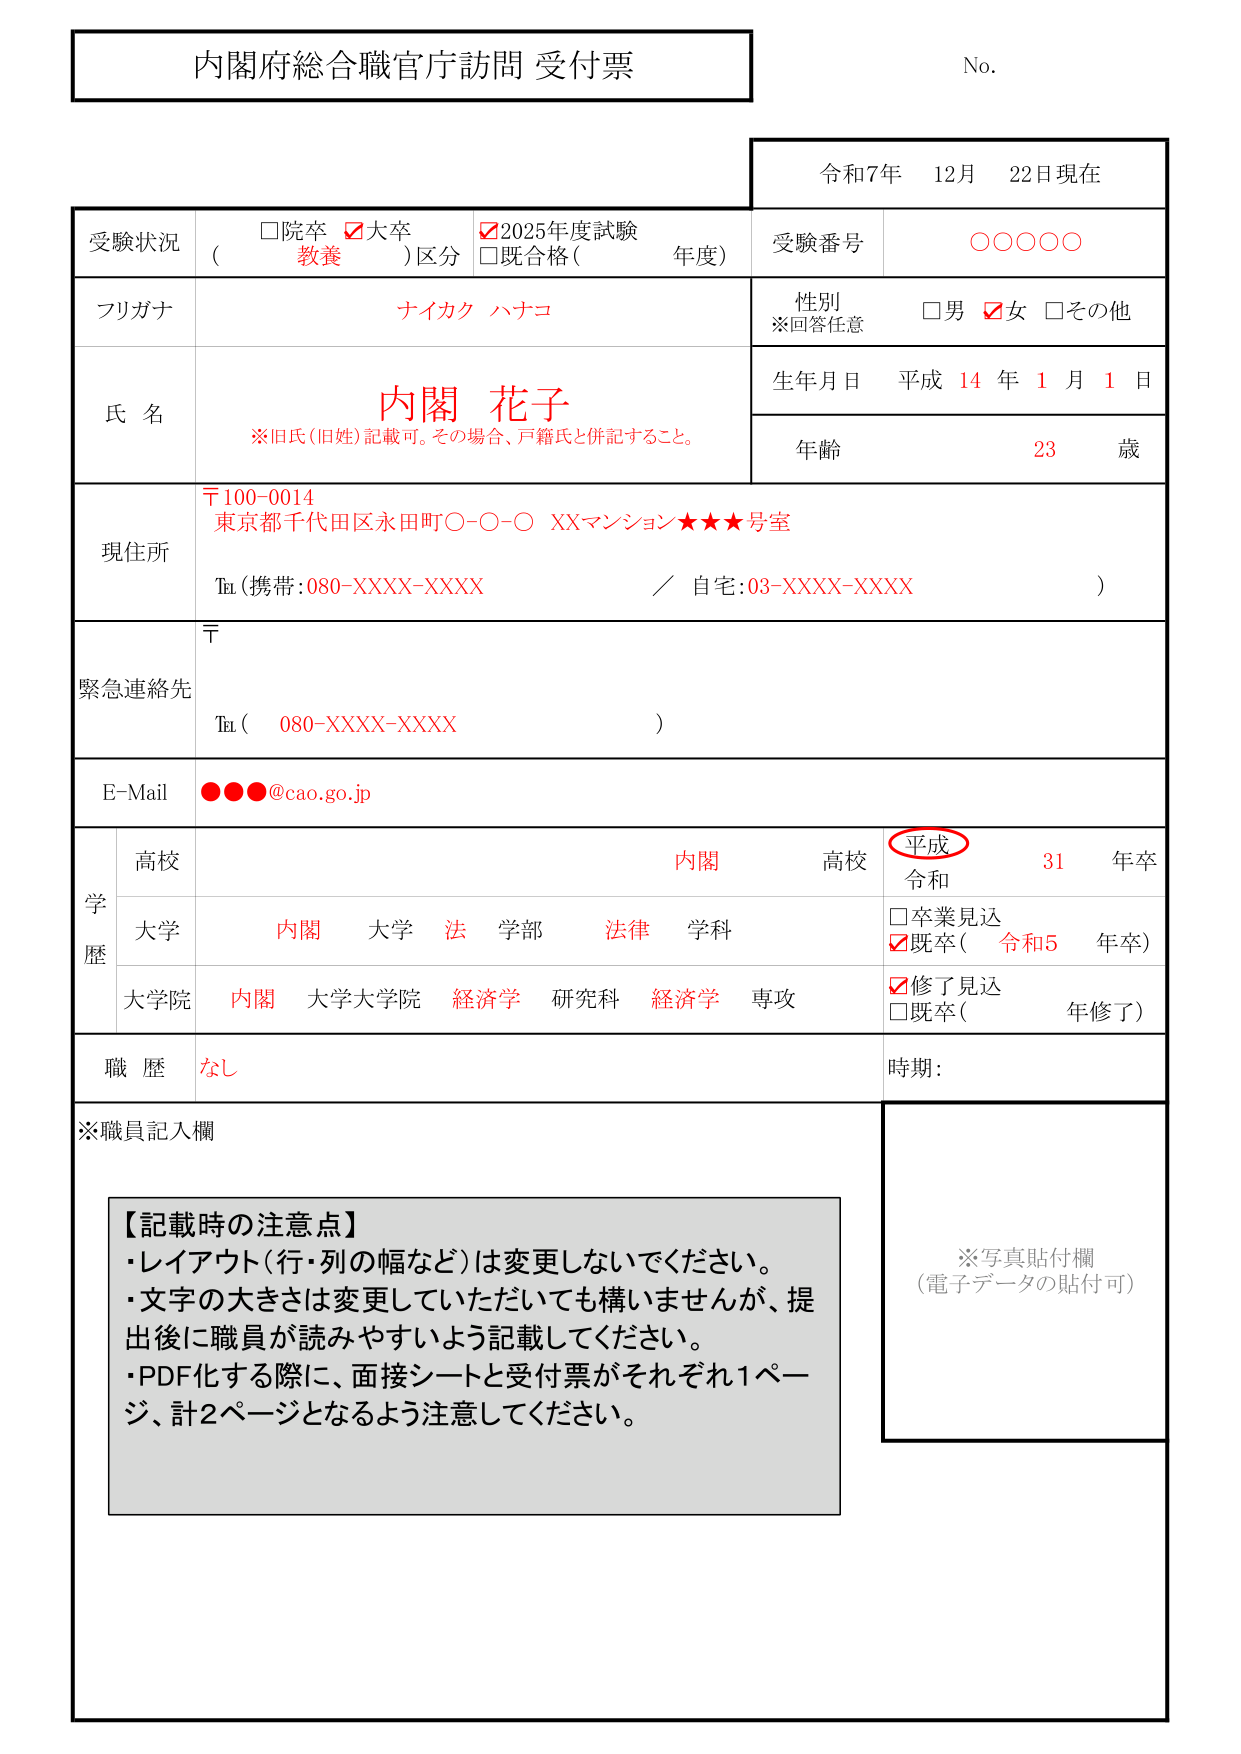
内閣府総合職官庁訪問 受付票

No.

令和7年 12月 22日現在

受験状況
□院卒 ☑大卒
（ 教養 ）区分
☑2025年度試験
□既合格（ 年度）

受験番号
○○○○○

フリガナ
ナイカク ハナコ

氏 名
内閣 花子
※旧氏（旧姓）記載可。その場合、戸籍氏と併記すること。

性別
※回答任意
□男 ☑女 □その他

生年月日
平成 14 年 1 月 1 日

年齢
23 歳

現住所
〒100-0014
東京都千代田区永田町〇-〇-〇 XXマンション★★★号室
Tel（携帯：080-XXXX-XXXX ／ 自宅：03-XXXX-XXXX）

緊急連絡先
〒
Tel（ 080-XXXX-XXXX ）

E-Mail
●●●@cao.go.jp

学歴
高校
内閣 高校
（平成 31 年卒）
令和

大学
内閣 大学 法 学部 法律 学科
□卒業見込
☑既卒（ 令和5 年卒）

大学院
内閣 大学大学院 経済学 研究科 経済学 専攻
☑修了見込
□既卒（ 年修了）

職歴
なし
時期：

※職員記入欄

【記載時の注意点】
・レイアウト（行・列の幅など）は変更しないでください。
・文字の大きさは変更していただいても構いませんが、提出後に職員が読みやすいよう記載してください。
・PDF化する際に、面接シートと受付票がそれぞれ1ページ、計2ページとなるよう注意してください。

※写真貼付欄
（電子データの貼付可）